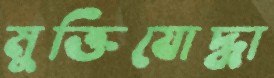
মুক্তিযোদ্ধা